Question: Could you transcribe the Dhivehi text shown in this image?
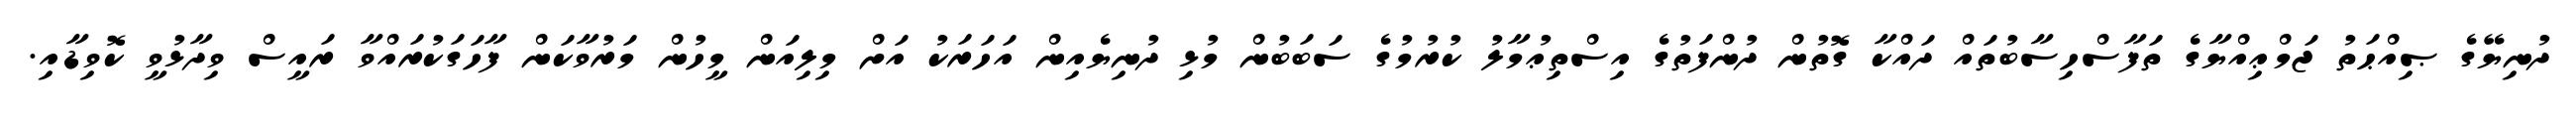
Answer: ދުނިޔޭގެ ޞިއްޙަތު ޖަމްޢިއްޔާގެ ތަފާސްހިސާބުތައް ދައްކާ ގޮތުން ދުންފަތުގެ އިސްތިޢުމާލު ކުރުމުގެ ސަބަބުން މުޅި ދުނިޔެއިން އަހަރަކު އަށް މިލިއަން މީހުން މަރުވާކަން ފާހަގަކުރައްވާ ރައީސް ވިދާޅުވީ ކޮވިޑާއި.